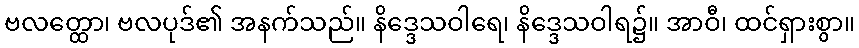
ဗလတ္ထော၊ ဗလပုဒ်၏ အနက်သည်။ နိဒ္ဒေသဝါရေ၊ နိဒ္ဒေသဝါရ၌။ အာဝီ၊ ထင်ရှားစွာ။